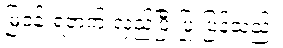
မြဝန်းရံဘက် လှည့်ပြီးပြုံးပြန်သည်။